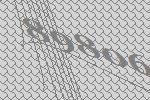
89806